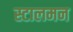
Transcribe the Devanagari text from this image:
स्टालमन